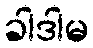
ခါဒါမ